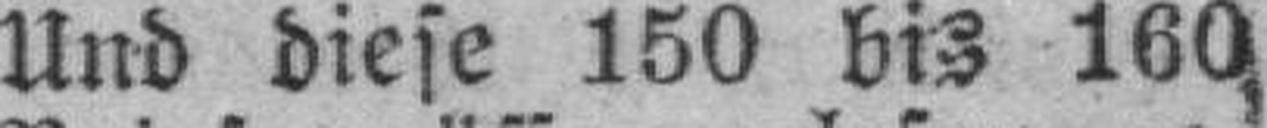
Und diese 150 bis 160